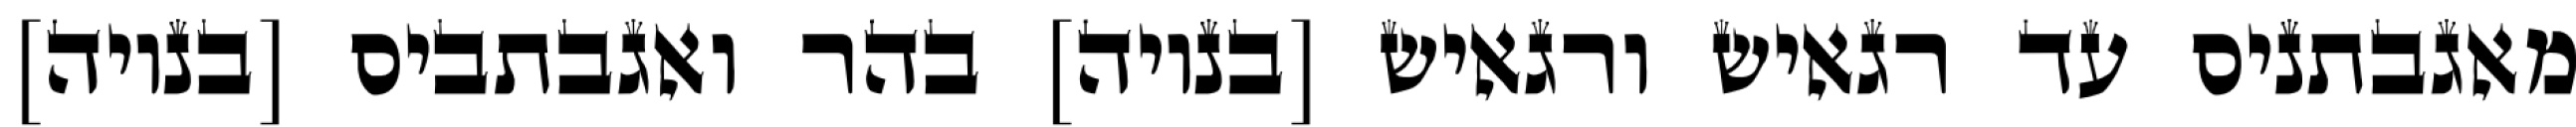
מאגבתניס עד רגאיש ורגאיש [בנויה] בהר ואגבתביס [בנויה]